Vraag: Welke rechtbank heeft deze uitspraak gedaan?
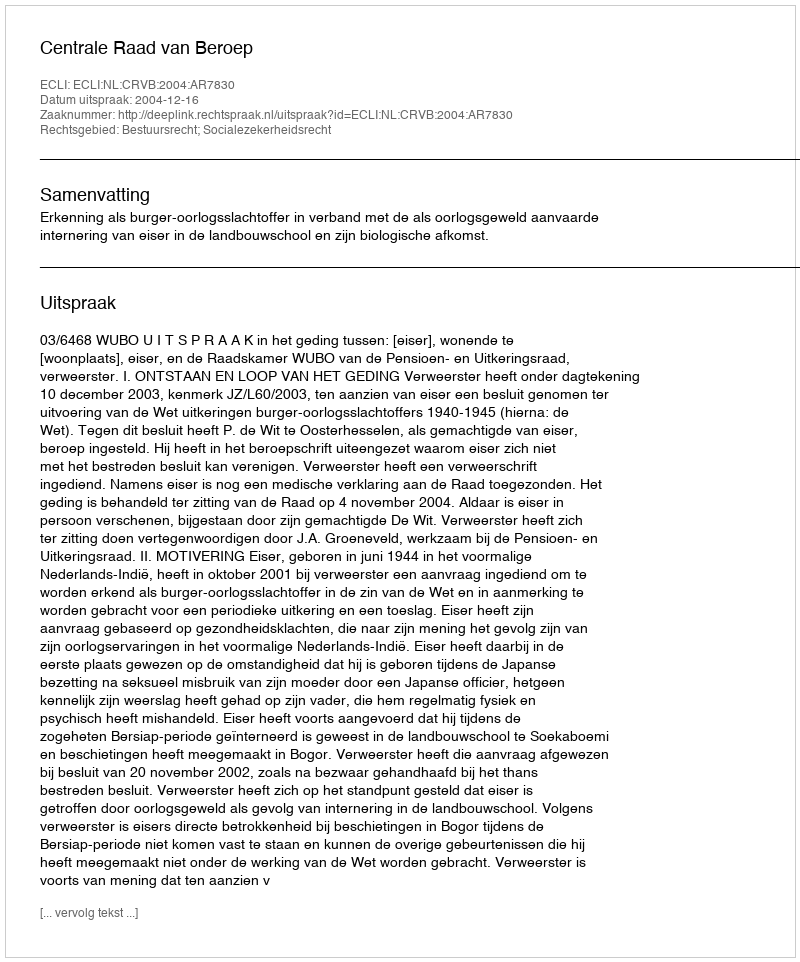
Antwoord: Centrale Raad van Beroep